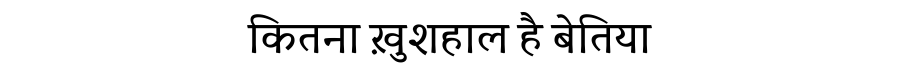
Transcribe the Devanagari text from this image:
कितना ख़ुशहाल है बेतिया